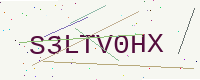
Text: S3LTV0HX